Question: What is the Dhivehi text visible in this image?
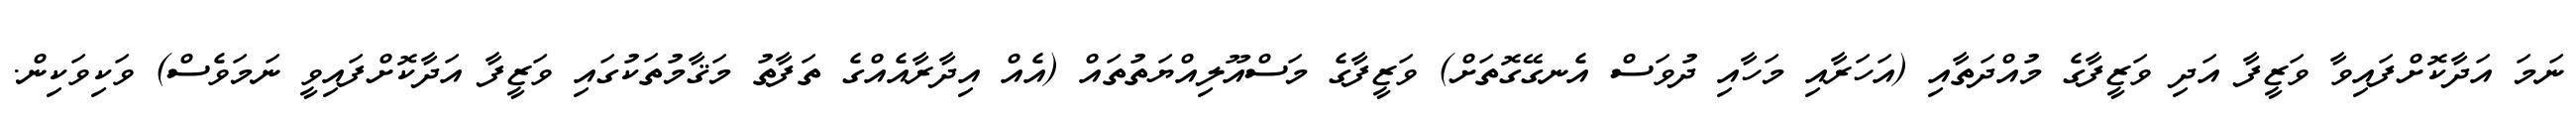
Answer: ނަމަ އަދާކޮށްފައިވާ ވަޒީފާ އަދި ވަޒީފާގެ މުއްދަތާއި (އަހަރާއި މަހާއި ދުވަސް އެނގޭގޮތަށް) ވަޒީފާގެ މަސްއޫލިއްޔަތުތައް (އެއް އިދާރާއެއްގެ ތަފާތު މަޤާމުތަކުގައި ވަޒީފާ އަދާކޮށްފައިވީ ނަމަވެސް) ވަކިވަކިން.